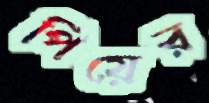
পিয়ের